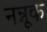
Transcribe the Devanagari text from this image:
नन्नूक